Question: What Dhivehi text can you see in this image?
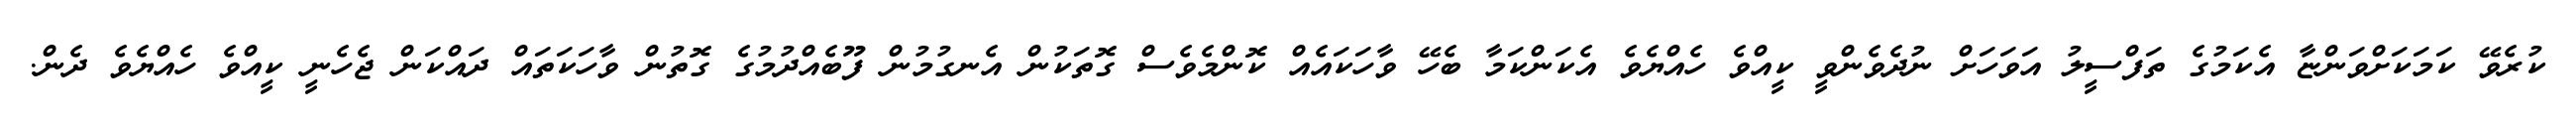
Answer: ކުރެވޭ ކަމަކަށްވަންޏާ އެކަމުގެ ތަފްސީލު އަވަހަށް ނުދެވެންވީ ކީއްވެ ހެއްޔެވެ އެކަންކަމާ ބެހޭ ވާހަކައެއް ކޮންމެވެސް ގޮތަކުން އެނގުމުން ފޫބެއްދުމުގެ ގޮތުން ވާހަކަތައް ދައްކަން ޖެހެނީ ކީއްވެ ހެއްޔެވެ ދެން.